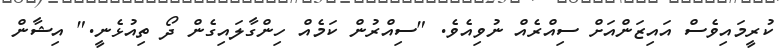
ކުރީމައިވެސް އައިޒަންއަށް ސިއްރެއް ނުވިއެވެ. "ސިއްރުން ކަމެއް ހިންގާލައިގެން ދޯ ތިއުޅެނީ." އިޝާން